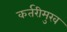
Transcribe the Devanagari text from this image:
कर्तरीमुख